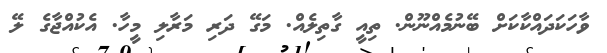
ވާހަކަދައްކާކަށް ބޭނުމެއްނޫން. ތިއީ ގާތިލެއް. މަގޭ ދަރި މަރާލި މީހާ. އެކުއްޖާގެ ލޭ